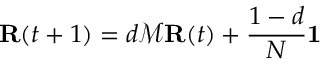
\mathbf { R } ( t + 1 ) = d { \mathcal { M } } \mathbf { R } ( t ) + { \frac { 1 - d } { N } } \mathbf { 1 }